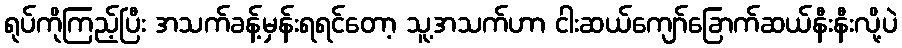
ရုပ်ကိုကြည့်ပြီး အသက်ခန့်မှန်းရရင်တော့ သူ့အသက်ဟာ ငါးဆယ်ကျော်ခြောက်ဆယ်နီးနီးလို့ပဲ